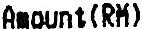
AMOUNT (RM)